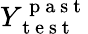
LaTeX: Y_{\mathrm{~t~e~s~t~}}^{\mathrm{~p~a~s~t~}}